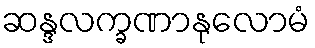
ဆန္ဒလက္ခဏာနုလောမံ